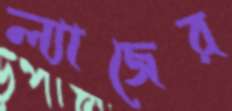
ল্যাজের